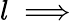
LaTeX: l\implies